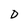
Character: D